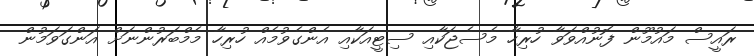
ރައީސް މައުމޫން ފޮނުއްވަވާ ހުރިހާ މެސެޖަކާއި ސިޓީއަކާއި އެންގެވުމެއް ހުރިހާ މެމްބަރުންނަށް އަންގަވަމުން